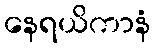
နေရယိကာနံ